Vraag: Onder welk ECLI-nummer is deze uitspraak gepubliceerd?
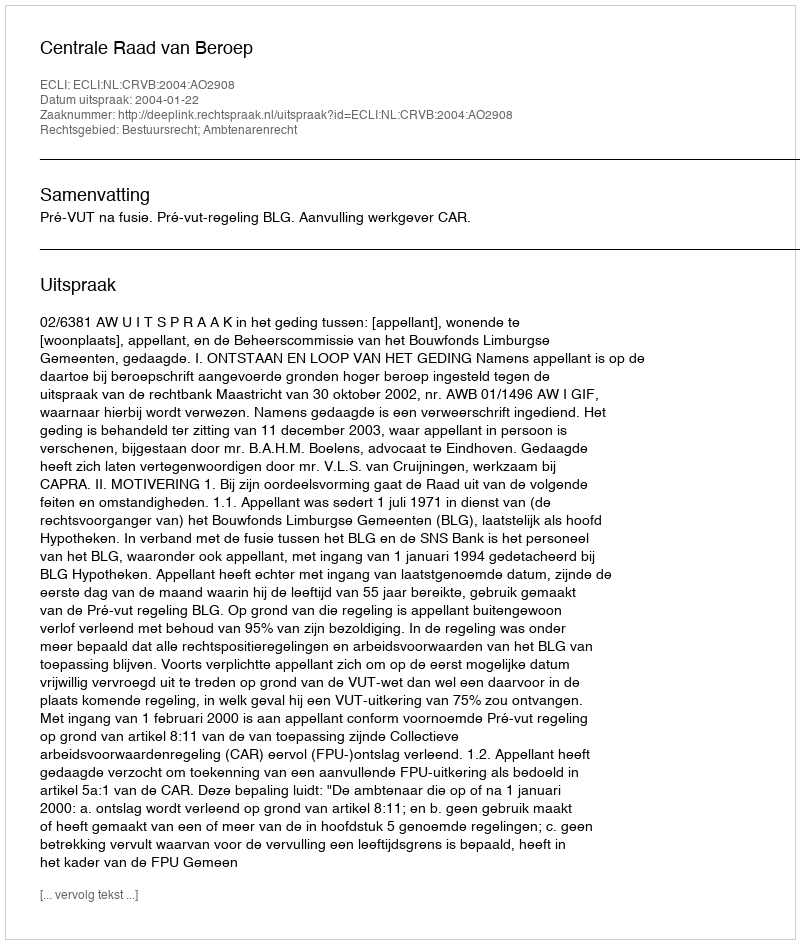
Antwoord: ECLI:NL:CRVB:2004:AO2908